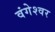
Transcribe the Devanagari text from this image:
वंगेश्‍वर